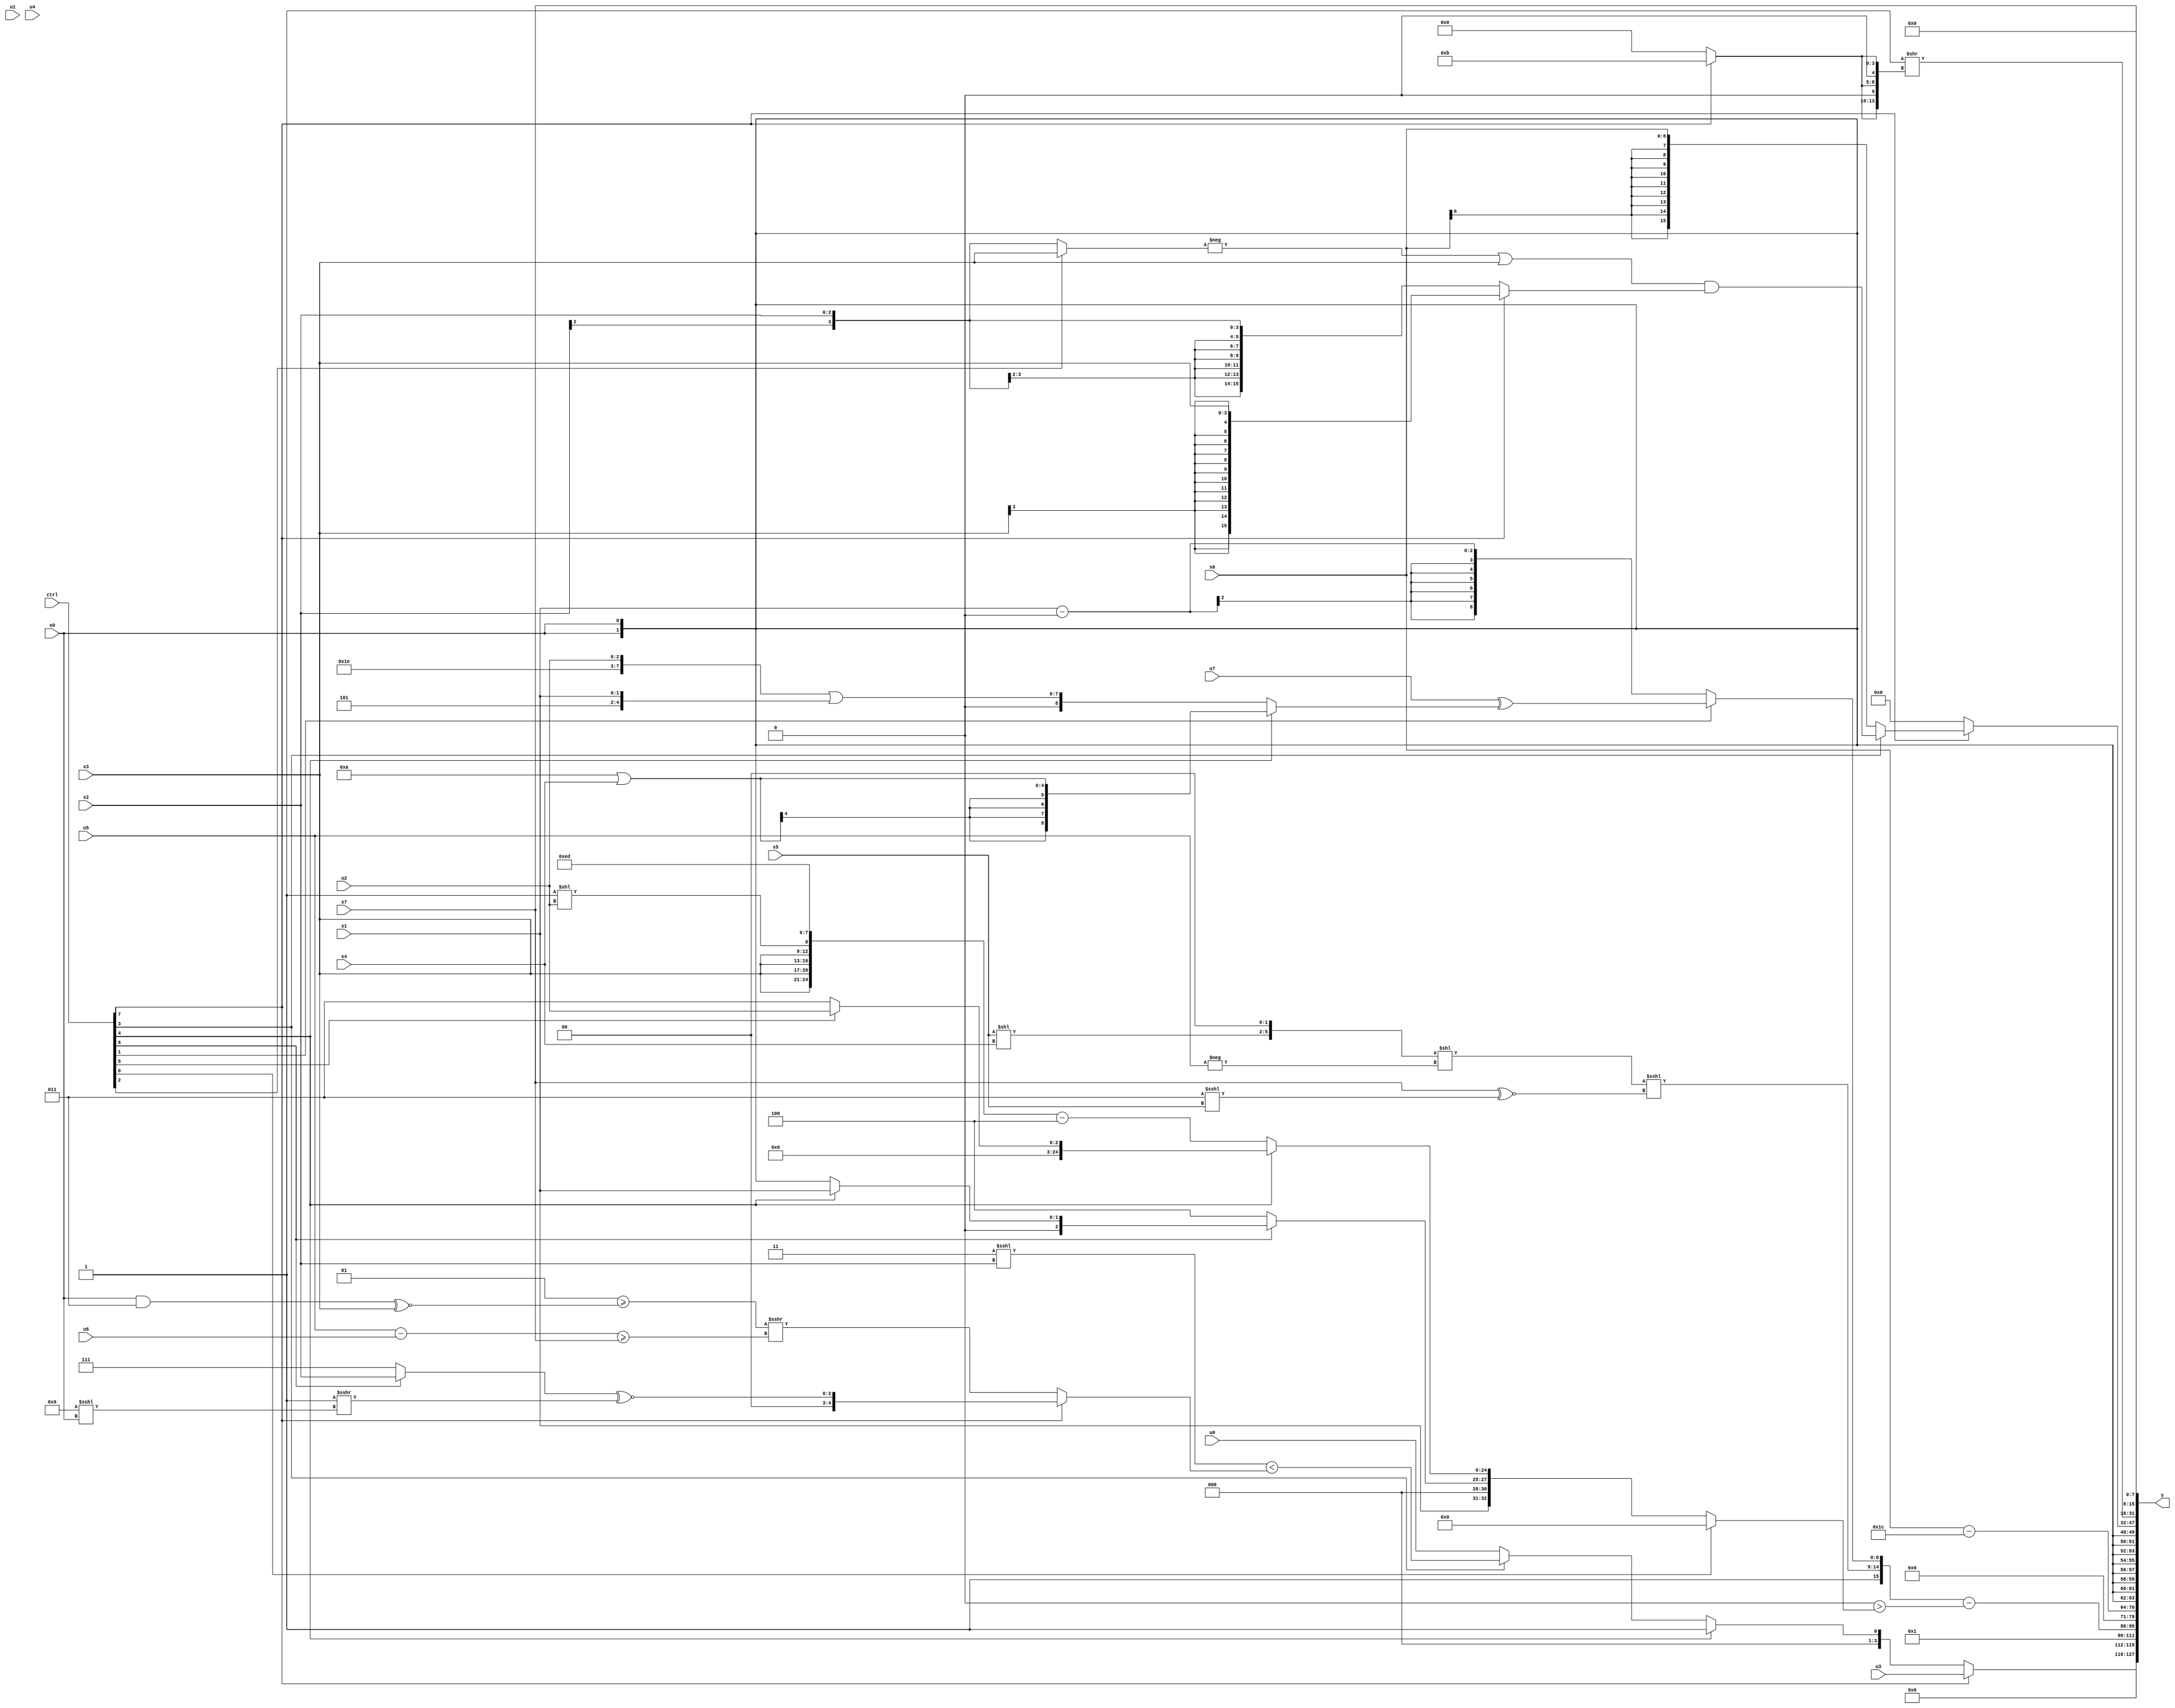
module wideexpr_00354(ctrl, u0, u1, u2, u3, u4, u5, u6, u7, s0, s1, s2, s3, s4, s5, s6, s7, y);
  input [7:0] ctrl;
  input [0:0] u0;
  input [1:0] u1;
  input [2:0] u2;
  input [3:0] u3;
  input [4:0] u4;
  input [5:0] u5;
  input [6:0] u6;
  input [7:0] u7;
  input signed [0:0] s0;
  input signed [1:0] s1;
  input signed [2:0] s2;
  input signed [3:0] s3;
  input signed [4:0] s4;
  input signed [5:0] s5;
  input signed [6:0] s6;
  input signed [7:0] s7;
  output [127:0] y;
  wire [15:0] y0;
  wire [15:0] y1;
  wire [15:0] y2;
  wire [15:0] y3;
  wire [15:0] y4;
  wire [15:0] y5;
  wire [15:0] y6;
  wire [15:0] y7;
  assign y = {y0,y1,y2,y3,y4,y5,y6,y7};
  assign y0 = (ctrl[7]?u3:(ctrl[4]?3'sb001:(ctrl[3]?(($signed(5'sb00011))<<<(s2))<((ctrl[7]?$unsigned(((ctrl[6]?$signed(s2):3'sb111))^~(((1'sb1)-(2'sb00))>>>((5'sb01001)<<<(s0)))):((+(2'sb01))>=(((s0)&(4'sb0011))^~($signed(s3))))>>>(((u5)-(u6))>=($unsigned(s7))))):u0)));
  assign y1 = |({2'sb00,2'b01});
  assign y2 = ({1'sb1,((($signed(($signed(+(s5)))<<(s4)))<<<(3'b010))<<(-(u5)))<<<((s7)^~((4'sb0011)<<<(s5))),(ctrl[1]?($signed(u7))^((ctrl[4]?($signed(5'sb01010))|(s4):($signed(({6'sb011110,u2})|({3'sb101,s1})))<<((+(2'b10))>>>({4{$signed(3'b101)}})))):(+(s1))-(($signed(~|(2'sb00)))>>(6'sb100100)))})-($signed((1'sb0)>((ctrl[0]?(ctrl[0]?2'b00:$unsigned(s1)):{s1,(-({3{$unsigned(1'sb1)}}))<<<(2'sb11),+((ctrl[6]?{1{(ctrl[4]?s1:s0)}}:3'sb100)),(ctrl[4]?(ctrl[5]?u2:2'b11):({{4{s3}},(1'sb1)<<(u2),+(6'sb111011),2'b01})-($unsigned(3'sb100)))}))));
  assign y3 = {(s6)-(-(6'sb100100))};
  assign y4 = s0;
  assign y5 = (ctrl[7]?(ctrl[3]?((-((ctrl[2]?s3:s2)))|(s3))&((ctrl[7]?$signed(s3):s2)):s6):($signed(s4))<<<({4{2'sb11}}));
  assign y6 = (~|({1{-((s4)<<<(5'sb01011))}}))>>({3{(ctrl[7]?5'b01011:!(2'sb01))}});
  assign y7 = {1{s7}};
endmodule